Report of the Indian Hemp Drugs Commission, 1894-1895 - Volume III
Year: 1894
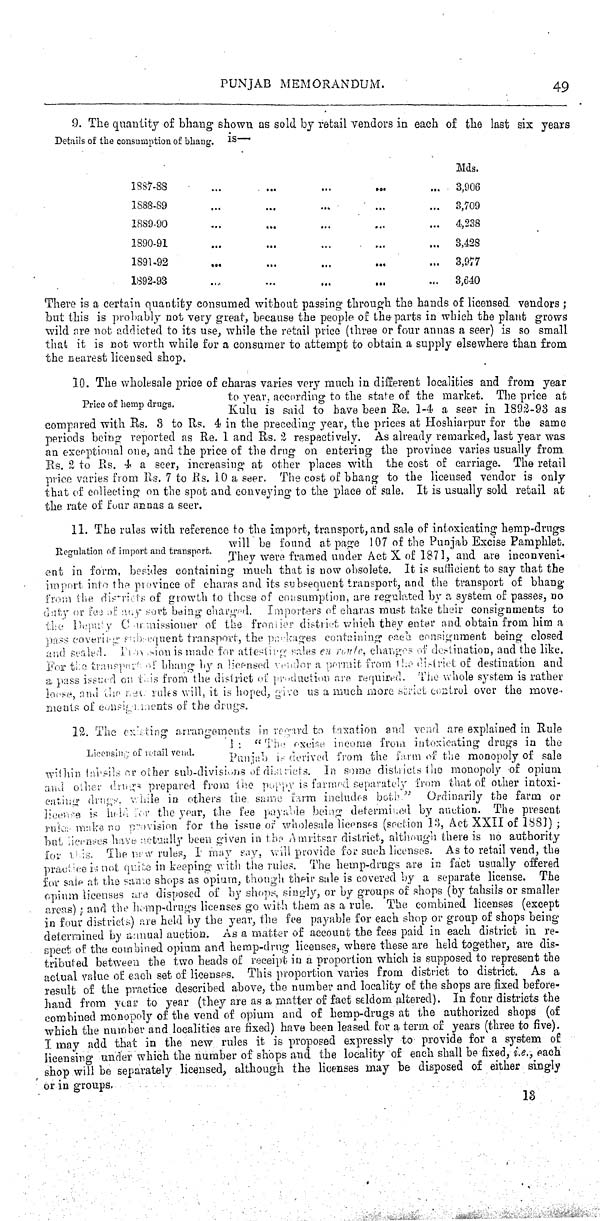
PUNJAB MEMORANDUM.
49
9. The quantity of bhang shown as sold by retail vendors in each of the last six years
Details of the consumption of bhang.
is—
Mds.
1887-88
3,906
1888-89
3,709
1889-90
4,238
1890-91
3,428
1891-92
3,977
1892-93
3,640
There is a certain quantity consumed without passing through the hands of licensed vendors;
but this is probably not very great, because the people of the parts in which the plant grows
wild are not addicted to its use, while the retail price (three or four annas a seer) is so small
that it is not worth while for a consumer to attempt to obtain a supply elsewhere than from
the nearest licensed shop.
Price of hemp drugs.
10. The wholesale price of charas varies very much in different localities and from year
to year, according to the state of the market. The price at
Kulu is said to have been Re. 1-4 a seer in 1892-93 as
compared with Rs. 3 to Rs. 4 in the preceding year, the prices at Hoshiarpur for the same
periods being reported as Re. 1 and Rs. 2 respectively. As already remarked, last year was
an exceptional one, and the price of the drug on entering the province varies usually from
Rs. 2 to Rs. 4 a seer, increasing at other places with the cost of carriage. The retail
price varies from Rs. 7 to Rs. 10 a seer. The cost of bhang to the licensed vendor is only
that of collecting on the spot and conveying to the place of sale. It is usually sold retail at
the rate of four annas a seer.
Regulation of import and transport.
11. The rules with reference to the import, transport, and sale of intoxicating hemp-drugs
will be found at page 107 of the Punjab Excise Pamphlet.
They were framed under Act X of 1871, and are inconveni-
ent in form, besides containing much that is now obsolete. It is sufficient to say that the
import into the province of charas and its subsequent transport, and the transport of bhang
from the districts of growth to these of consumption, are regulated by a system of passes, no
duty or fee of any sort being charged. Importers of charas must take their consignments to
the Deputy Commissioner of the frontier district which they enter and obtain from him a
pass covering subsequent transport, the packages containing each consignment being closed
and sealed. Provision is made for attesting sales en route, changes of destination, and the like.
For the transport of' bhang by a licensed vendor a permit from the district of destination and
a pass issued on this from the district of production are required. The whole system is rather
loose, and the new rules will, it is hoped, give us a much more strict control over the move-
ments of consignments of the drugs.
Licensing of retail vend.
12. The exiting arrangements in regard to taxation and vend are explained in Rule
1: "The excise income from intoxicating drugs in the
Punjab is derived from the farm of the monopoly of sale
wiihin tahsils or other sub-divisions of districts. In some districts the monopoly of opium
and other drugs prepared from the poppy is farmed separately from that of other intoxi-
cating drugs, while in others the same farm includes both." Ordinarily the farm or
license is held for the year, the fee payable being determined by auction. The present
rules make no provision for the issue of wholesale licenses (section 13, Act XXII of 1881);
but licenses have actually been given in the- Amritsar district, although there is no authority
for this. The new rules, I may say, will provide for such licenses. As to retail vend, the
practice is not quite in keeping with the rules. The hemp-drugs are in fact usually offered
for sale at the same shops as opium, though their sale is covered by a separate license. The
opium licenses are disposed of by shops, singly, or by groups of shops (by tahsils or smaller
areas); and the hemp-drugs licenses go with them as a rule. The combined licenses (except
in four districts) are held by the year, fee fee payable for each shop or group of shops being
determined by annual auction. As a matter of account the fees paid in each district in re-
spect of the combined opium and hemp-drug licenses, where these are held together, are dis-
tributed between the two heads of receipt in a proportion which is supposed to represent the
actual value of each set of licenses. This proportion varies from district to district. As a
result of the practice described above, the number and locality of the shops are fixed before-
hand from year to year (they are as a matter of fact seldom altered). In four districts the
combined monopoly of the vend of opium and of hemp-drugs at the authorized shops (of
which the number and localities are fixed) have been leased for a term of years (three to five).
I may add that in the new rules it is proposed expressly to provide for a system of
licensing under which the number of shops and the locality of each shall be fixed, i.e.; each
shop will be separately licensed, although the licenses may be disposed of either singly
or in groups.
13